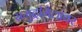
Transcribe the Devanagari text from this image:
समुद्रीमैलांवर